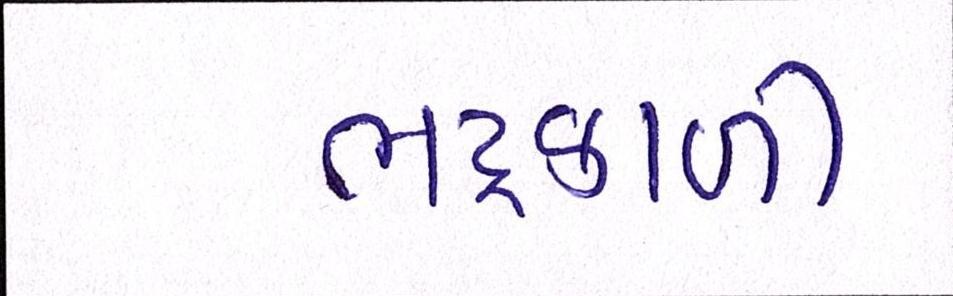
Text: ભદ્રકાળી